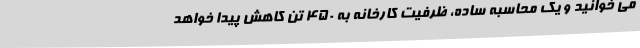
می خوانید و یک محاسبه ساده، ظرفیت کارخانه به ۴۵۰ تن کاهش پیدا خواهد